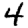
Digit: 4